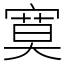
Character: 寞